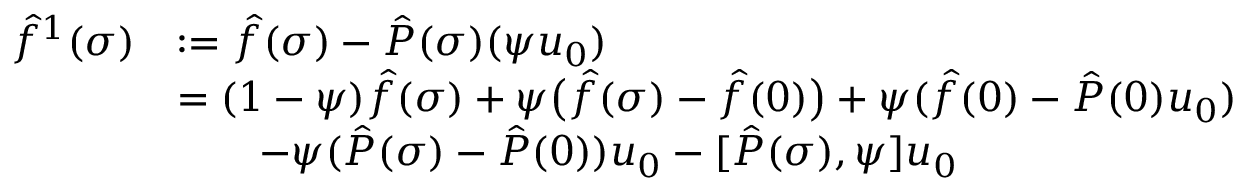
\begin{array} { r l } { \hat { f } ^ { 1 } ( \sigma ) } & { : = \hat { f } ( \sigma ) - \hat { P } ( \sigma ) ( \psi u _ { 0 } ) } \\ & { = ( 1 - \psi ) \hat { f } ( \sigma ) + \psi \bigl ( \hat { f } ( \sigma ) - \hat { f } ( 0 ) \bigr ) + \psi ( \hat { f } ( 0 ) - \hat { P } ( 0 ) u _ { 0 } ) } \\ & { \qquad - \psi ( \hat { P } ( \sigma ) - \hat { P } ( 0 ) ) u _ { 0 } - [ \hat { P } ( \sigma ) , \psi ] u _ { 0 } } \end{array}